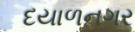
દયાળનગર